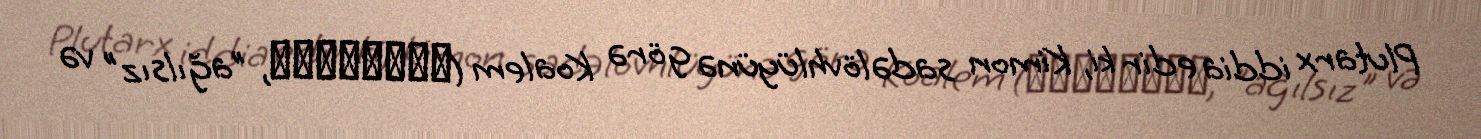
Plutarx iddia edir ki, Kimon sadəlövhlüyünə görə Koalem (Κοάλεμος, "ağılsız" və